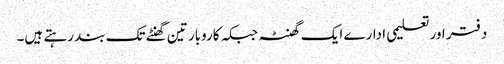
دفتر اور تعلیمی ادارے ایک گھنٹہ جبکہ کاروبار تین گھنٹے تک بند رہتے ہیں۔